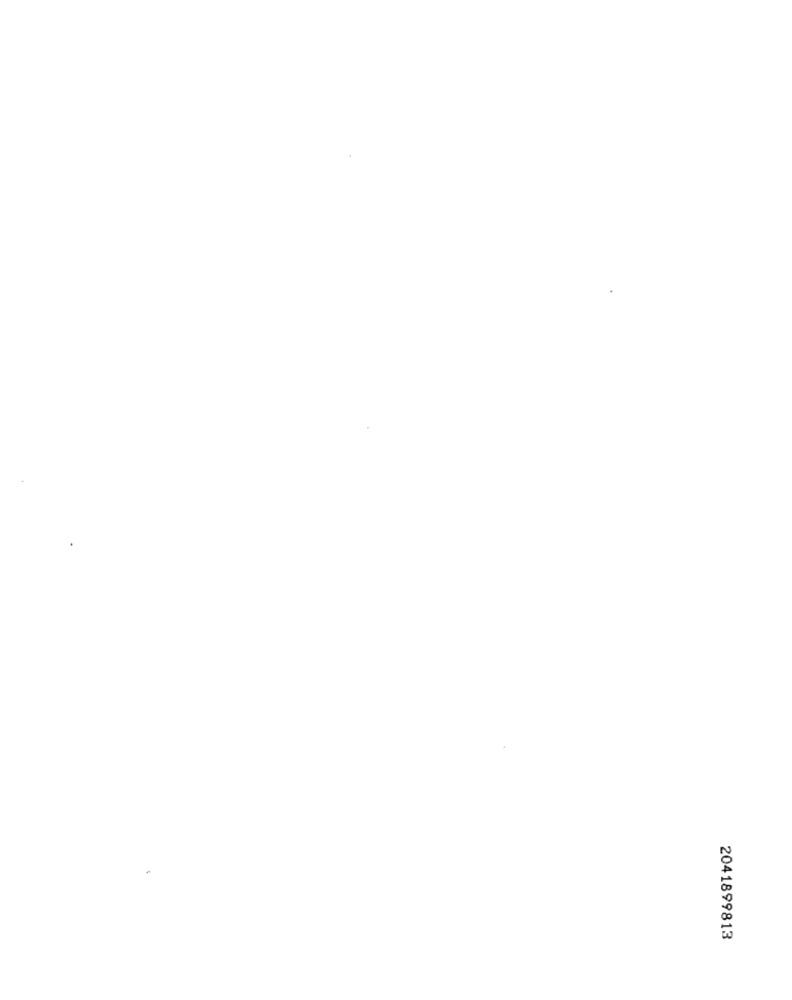
2041899813